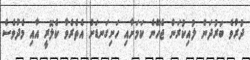
ދުރުވެ ބަރުދަން ލުއިކުރަން ޖެހޭނެ ކަމަށާއި ހަށިގަނޑަށް އެތެރެވާ ކެލޮރީ އާއި މެދުވެސް